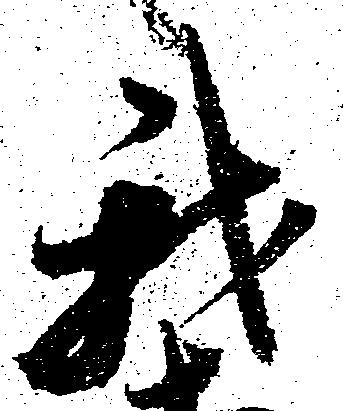
我